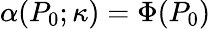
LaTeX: \alpha(P_{0};\kappa)=\Phi(P_{0})